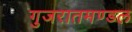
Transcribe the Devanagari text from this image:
गुजरातमण्डल